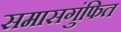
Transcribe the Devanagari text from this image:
समासगुंफित